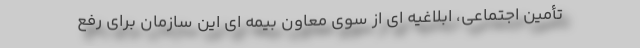
تأمین اجتماعی، ابلاغیه ای از سوی معاون بیمه ای این سازمان برای رفع